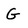
Character: G